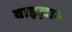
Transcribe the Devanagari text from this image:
वाइज़ाम